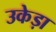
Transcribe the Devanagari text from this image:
उकेड़ा